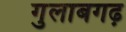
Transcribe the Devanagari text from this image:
गुलाबगढ़